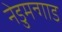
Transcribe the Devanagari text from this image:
नेडुमन्गाड